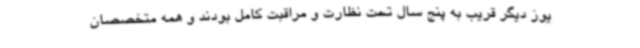
یوز دیگر قریب به پنج سال تحت نظارت و مراقبت کامل بودند و همه متخصصان